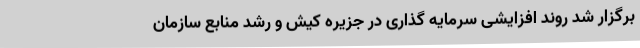
برگزار شد روند افزایشی سرمایه گذاری در جزیره کیش و رشد منابع سازمان